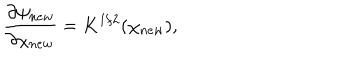
\frac { \partial \psi _ { n e w } } { \partial \chi _ { n e w } } = K ^ { 1 / 2 } ( \chi _ { n e w } ) ,